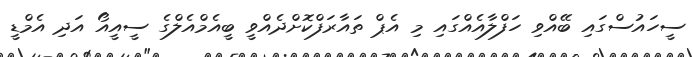
ސީހައުސްގައި ބޭއްވި ހަފްލާއެއްގައި މި އެޕް ތައާރަފްކޮށްދެއްވީ ބީއެމްއެލްގެ ސީއީއޯ އަދި އެމްޑީ